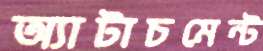
অ্যাটাচমেন্ট